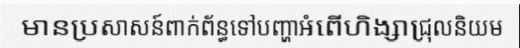
មានប្រសាសន៍ពាក់ព័ន្ធទៅបញ្ហាអំពើហិង្សាជ្រុលនិយម